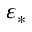
\varepsilon _ { * }